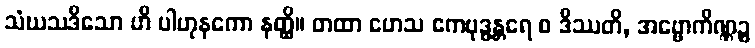
သံဃသဒိသော ဟိ ပါဟုနကော နတ္ထိ။ တထာ ဟေသ ဧကဗုဒ္ဓန္တရေ စ ဒိဿတိ, အဗ္ဗောကိဏ္ဏဉ္စ